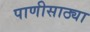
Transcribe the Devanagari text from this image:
पाणीसाठ्या